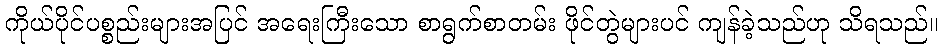
ကိုယ်ပိုင်ပစ္စည်းများအပြင် အရေးကြီးသော စာရွက်စာတမ်း ဖိုင်တွဲများပင် ကျန်ခဲ့သည်ဟု သိရသည်။